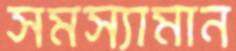
সমস্যামান